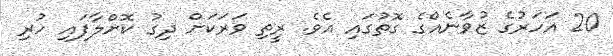
20 އަހަރުގެ ޒުވާނެއްގެ ގޮތުގައި އެވެ. ރީތި ވަރަކަށް ދިގު ކޮށްލާފައި ހުރި